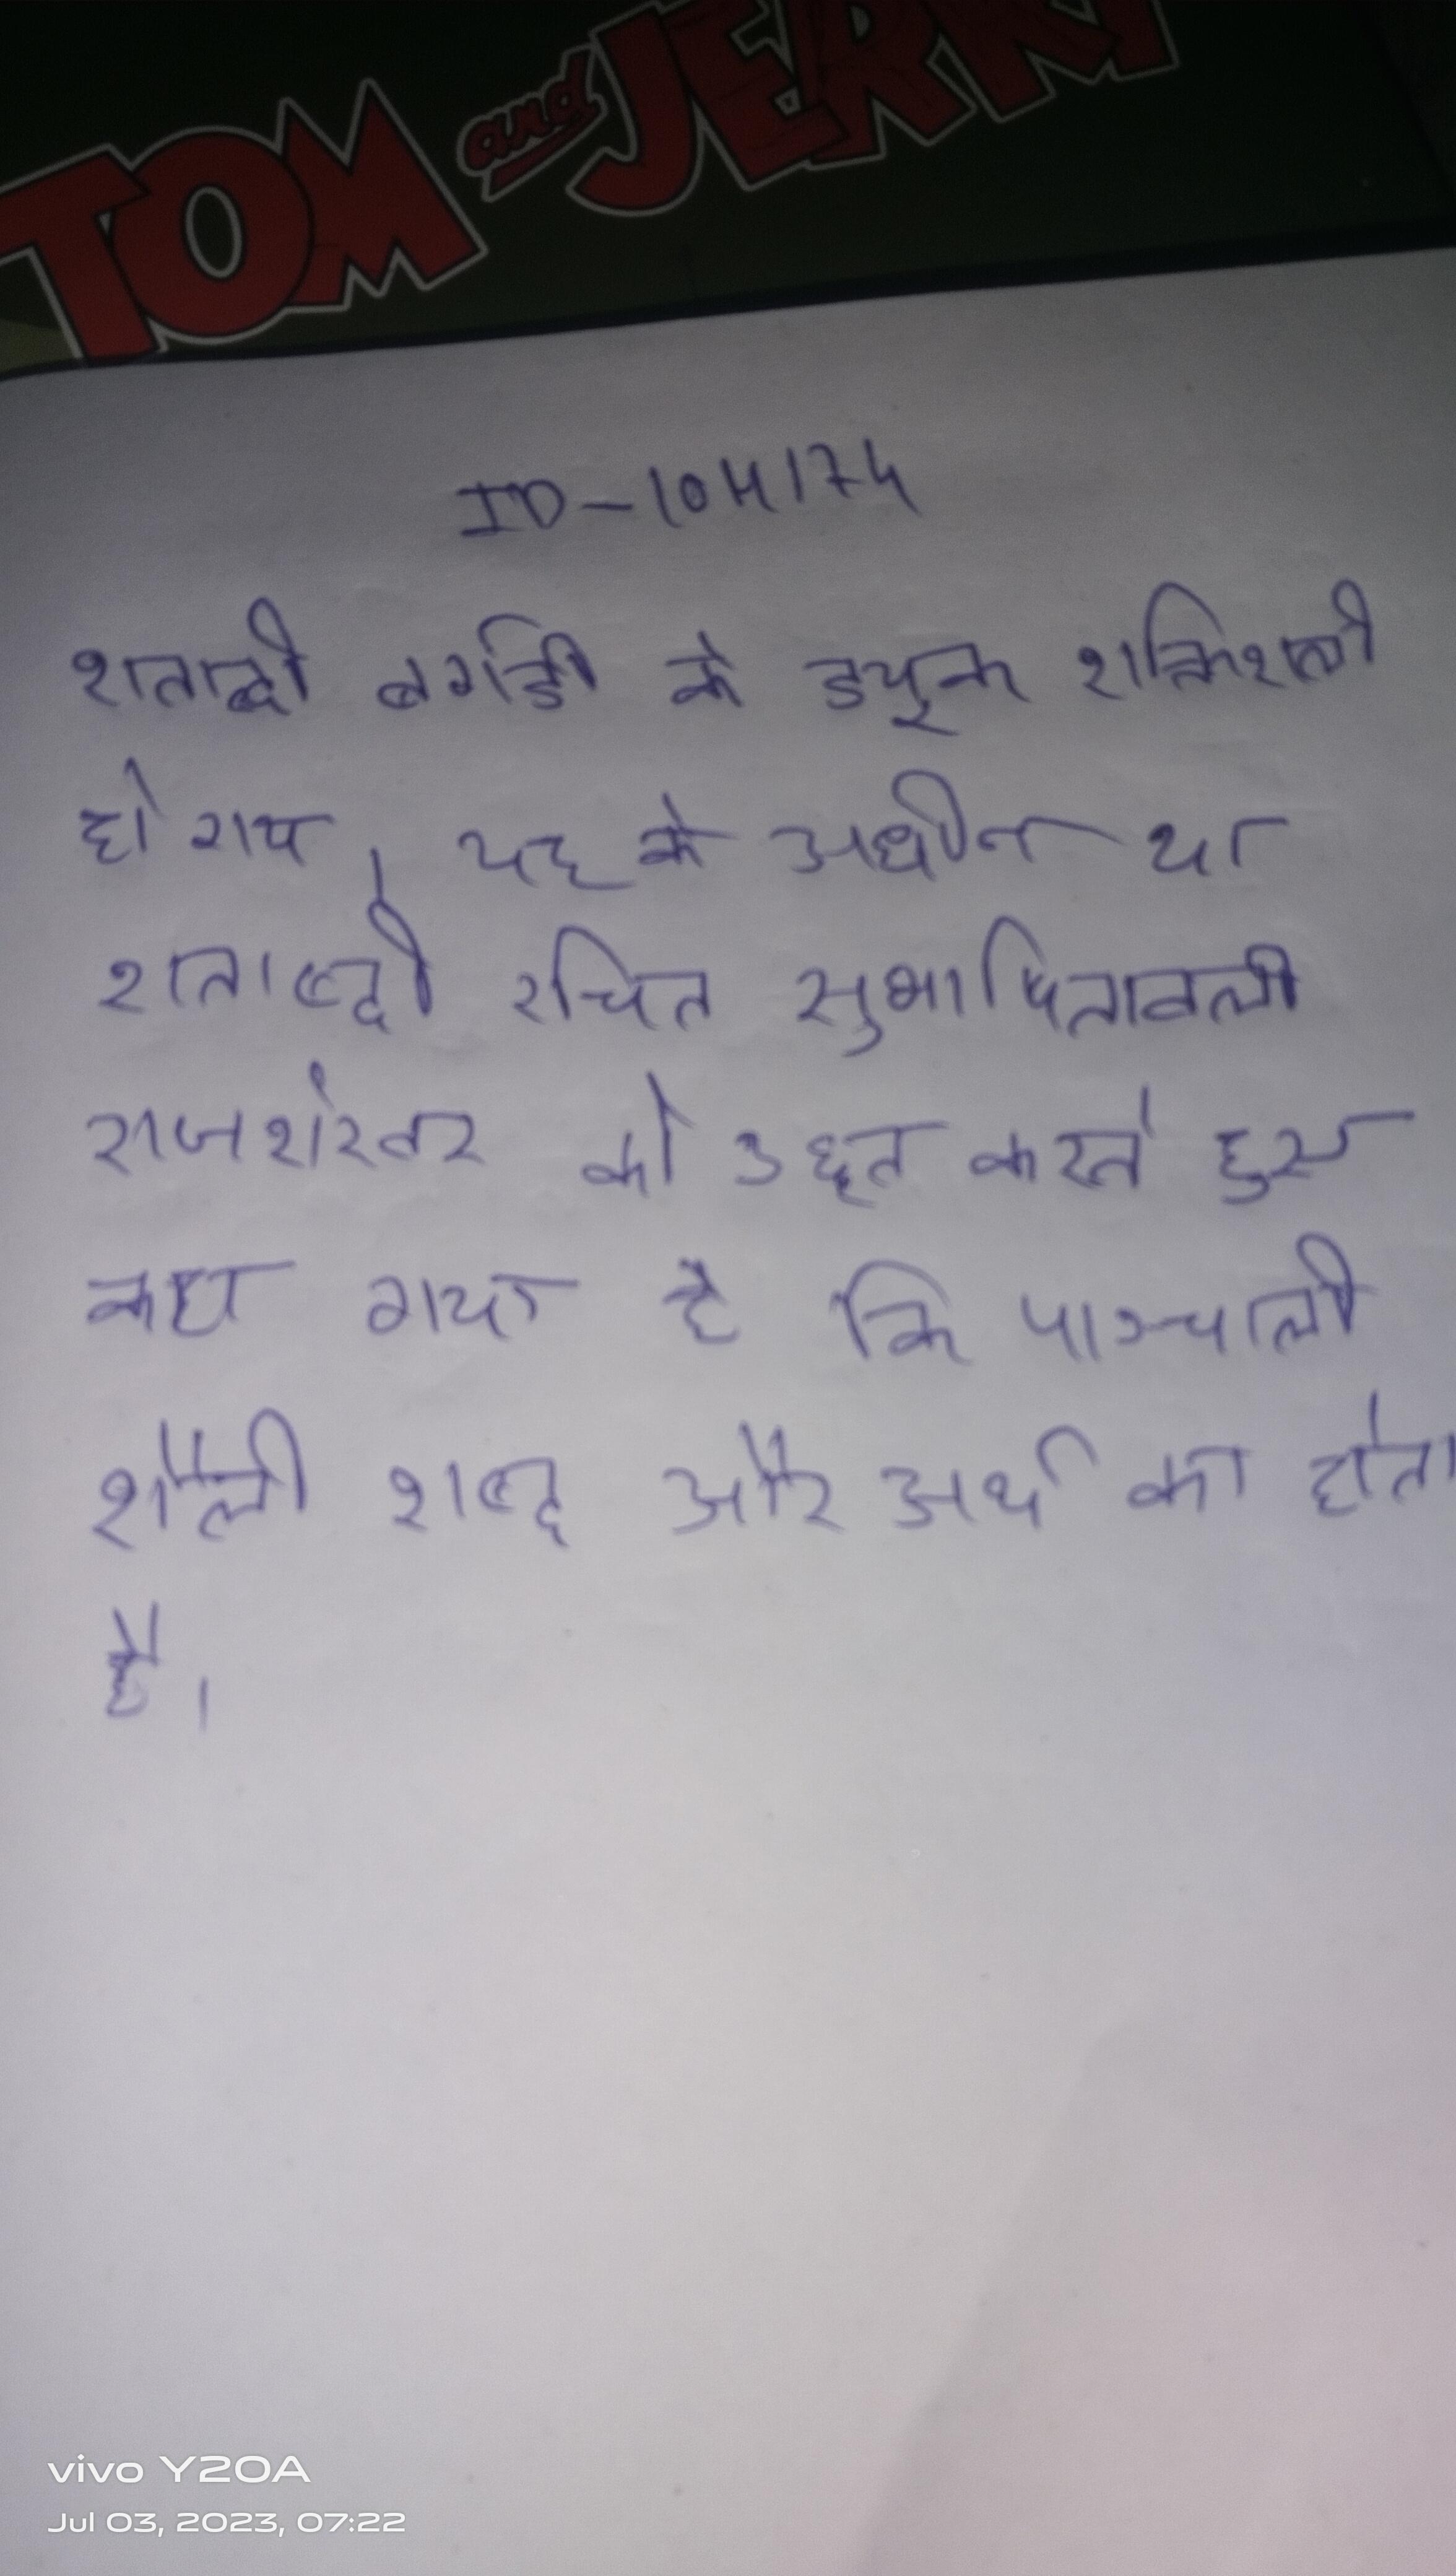
शताब्दी बर्गडी के ड्यूक शक्तिशाली हो गए । शताब्दी महारावल लक्ष्मण द्वारा इसका जीर्णोधार किया गया । यह के अधीन था । शताब्दी रचित सुभाषितावली राजशेखर को उद्दृत करते हुए कहा गया है कि पाञ्चाली शैली शब्द और अर्थ का होता है ।